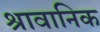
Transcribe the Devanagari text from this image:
श्रावानिक